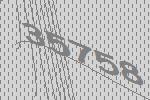
35758